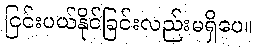
ငြင်းပယ်နိုင်ခြင်းလည်းမရှိပေ။